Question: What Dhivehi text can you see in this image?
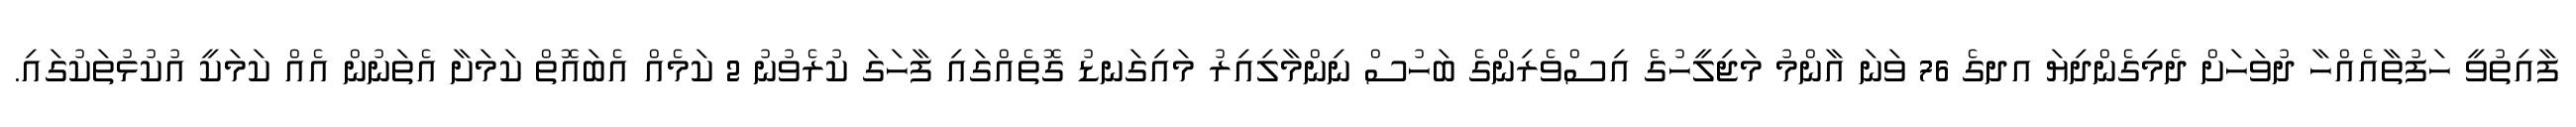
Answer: ފާއިތުވީ ހަފުތާއެއްހާ ދުވަހަށް ދެމިގެންދިޔަ އދގެ 76 ވަނަ އާންމު މަޖިލީހުގެ އިސްވެރިންގެ ބަހުސް ނިންމާލިއިރު މައިގަނޑު ގޮތެއްގައި ފާހަގަ ކުރެވުނު 2 ކަމެއް އެބައޮތް ކަމަށާ އެތަނުން އެއް ކަމަކީ އުކުޅުތަކުގައި.